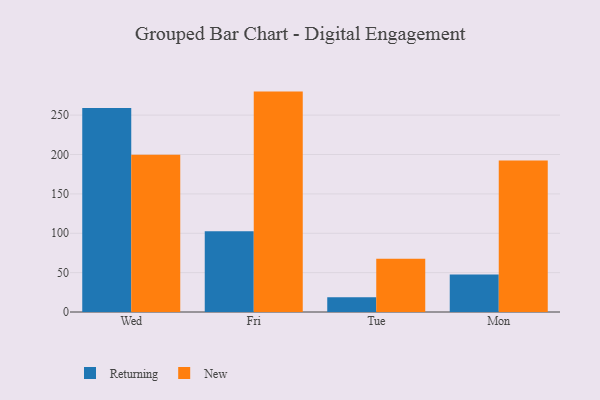
{"axis": {"x": "Day", "y": "Website Visitors"}, "legend": ["New", "Returning"], "data": [{"x": "Wed", "y": 259.0, "type": "Returning"}, {"x": "Wed", "y": 199.6, "type": "New"}, {"x": "Fri", "y": 102.7, "type": "Returning"}, {"x": "Fri", "y": 279.9, "type": "New"}, {"x": "Tue", "y": 18.8, "type": "Returning"}, {"x": "Tue", "y": 67.6, "type": "New"}, {"x": "Mon", "y": 47.7, "type": "Returning"}, {"x": "Mon", "y": 192.4, "type": "New"}]}